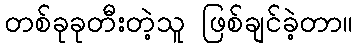
တစ်ခုခုတီးတဲ့သူ ဖြစ်ချင်ခဲ့တာ။